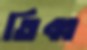
তিব্ব